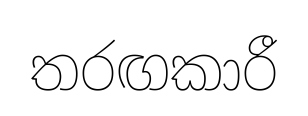
තරඟකාරී